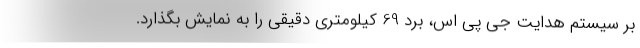
بر سیستم هدایت جی پی اس، برد 69 کیلومتری دقیقی را به نمایش بگذارد.